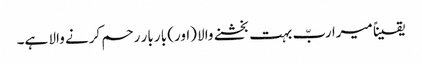
یقیناً میرا ربّ بہت بخشنے والا (اور) بار بار رحم کرنے والا ہے۔